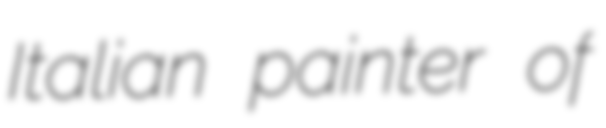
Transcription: Italian painter of